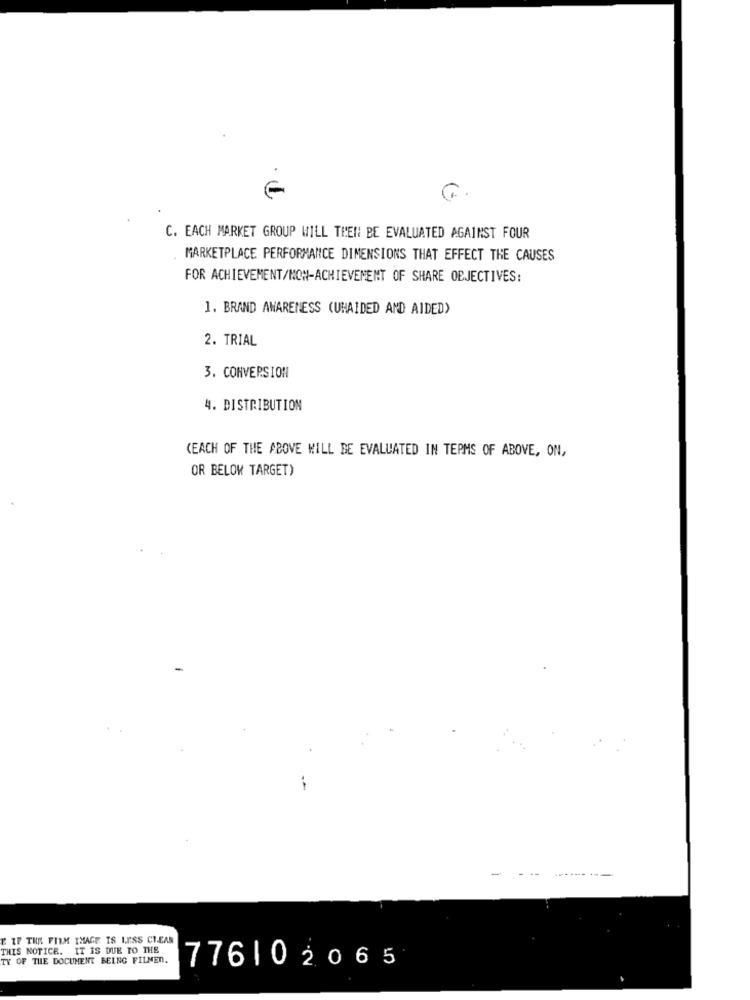
C.
C. EACH MARKET GROUP WILL THEN BE EVALUATED AGAINST FOUR
MARKETPLACE PERFORMANCE DIMENSIONS THAT EFFECT THE CAUSES
FOR ACHIEVEMENT/NON-ACHIEVEMENT OF SHARE OBJECTIVES:
1. BRAND AWARENESS (UHAIDED AND AIDED)
2. TRIAL
3. CONVERSION
4. DISTRIBUTION
(EACH OF THE ABOVE WILL BE EVALUATED IN TERMS OF ABOVE, ON,
OR BELOW TARGET)
---
-------
E IF THE FILM THAGE IS LESS CLEAR
THIS NOTICE. IT IS DUE TO THE
TY OF THE DOCUMENT BEING FILMEN.
776102065